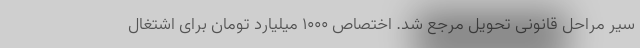
سیر مراحل قانونی تحویل مرجع شد. اختصاص ۱۰۰۰ میلیارد تومان برای اشتغال